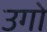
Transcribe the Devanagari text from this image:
उगो